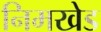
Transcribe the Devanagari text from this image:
निमखेड